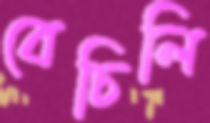
বেচিলি